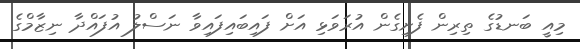
މިއީ ބަނޑުގެ ތިރިން ފެށިގެން އުރަވަޅި އަށް ފައިބައިފައިވާ ނަސްލު އުފައްދާ ނިޒާމްގެ